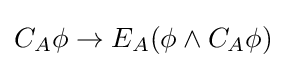
C_{A}\phi \rightarrow E_{A}(\phi \land C_{A}\phi )